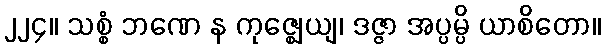
၂၂၄။ သစ္စံ ဘဏေ န ကုဇ္ဈေယျ၊ ဒဇ္ဇာ အပ္ပမ္ပိ ယာစိတော။